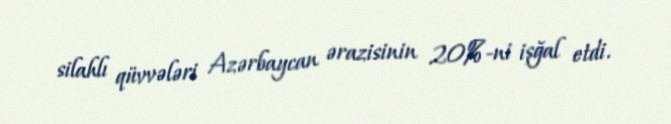
silahlı qüvvələri Azərbaycan ərazisinin 20%-ni işğal etdi.